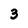
Character: 3